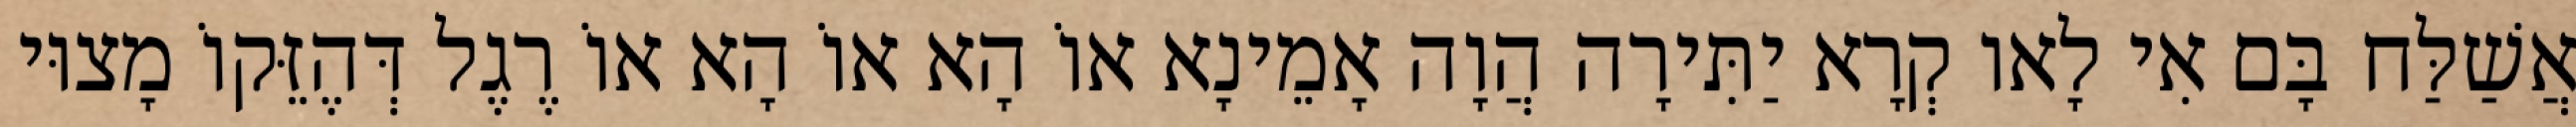
אֲשַׁלַּח בָּם אִי לָאו קְרָא יַתִּירָה הֲוָה אָמֵינָא אוֹ הָא אוֹ הָא אוֹ רֶגֶל דְּהֶזֵּקוֹ מָצוּי